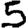
Digit: 5